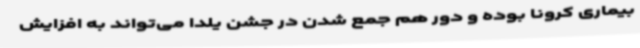
بیماری کرونا بوده و دور هم جمع شدن در جشن یلدا می‌تواند به افزایش